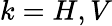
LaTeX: k=H,V